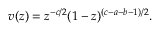
v ( z ) = z ^ { - c / 2 } ( 1 - z ) ^ { ( c - a - b - 1 ) / 2 } .